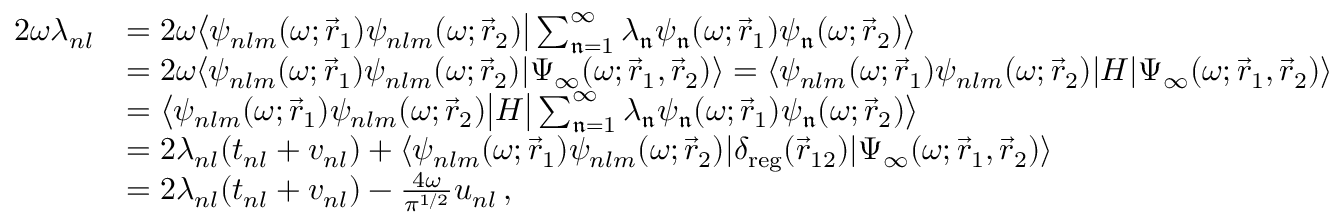
\begin{array} { r l } { 2 \omega \lambda _ { n l } } & { = 2 \omega \bigl \langle \psi _ { n l m } ( \omega ; \vec { r } _ { 1 } ) \psi _ { n l m } ( \omega ; \vec { r } _ { 2 } ) \big | \sum _ { \mathfrak { n } = 1 } ^ { \infty } \lambda _ { \mathfrak { n } } \psi _ { \mathfrak { n } } ( \omega ; \vec { r } _ { 1 } ) \psi _ { \mathfrak { n } } ( \omega ; \vec { r } _ { 2 } ) \bigr \rangle } \\ & { = 2 \omega \langle \psi _ { n l m } ( \omega ; \vec { r } _ { 1 } ) \psi _ { n l m } ( \omega ; \vec { r } _ { 2 } ) | \Psi _ { \infty } ( \omega ; \vec { r } _ { 1 } , \vec { r } _ { 2 } ) \rangle = \langle \psi _ { n l m } ( \omega ; \vec { r } _ { 1 } ) \psi _ { n l m } ( \omega ; \vec { r } _ { 2 } ) | H | \Psi _ { \infty } ( \omega ; \vec { r } _ { 1 } , \vec { r } _ { 2 } ) \rangle } \\ & { = \bigl \langle \psi _ { n l m } ( \omega ; \vec { r } _ { 1 } ) \psi _ { n l m } ( \omega ; \vec { r } _ { 2 } ) \big | H \big | \sum _ { \mathfrak { n } = 1 } ^ { \infty } \lambda _ { \mathfrak { n } } \psi _ { \mathfrak { n } } ( \omega ; \vec { r } _ { 1 } ) \psi _ { \mathfrak { n } } ( \omega ; \vec { r } _ { 2 } ) \bigr \rangle } \\ & { = 2 \lambda _ { n l } ( t _ { n l } + v _ { n l } ) + \langle \psi _ { n l m } ( \omega ; \vec { r } _ { 1 } ) \psi _ { n l m } ( \omega ; \vec { r } _ { 2 } ) | \delta _ { \mathrm { { r e g } } } ( \vec { r } _ { 1 2 } ) | \Psi _ { \infty } ( \omega ; \vec { r } _ { 1 } , \vec { r } _ { 2 } ) \rangle } \\ & { = 2 \lambda _ { n l } ( t _ { n l } + v _ { n l } ) - \frac { 4 \omega } { \pi ^ { 1 / 2 } } u _ { n l } \, , } \end{array}